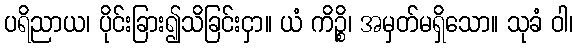
ပရိညာယ၊ ပိုင်းခြား၍သိခြင်းငှာ။ ယံ ကိဉ္စိ၊ အမှတ်မရှိသော။ သုခံ ဝါ၊